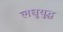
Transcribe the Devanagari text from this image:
लघुयुद्ध